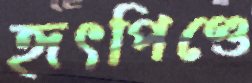
হৃৎপিণ্ডে